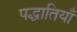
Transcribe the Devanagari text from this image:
पद्धातियाँ